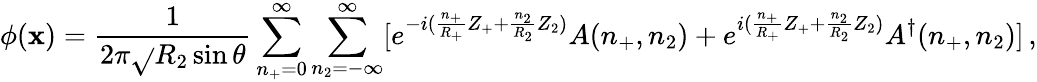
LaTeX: \phi(\mathbf{x})=\frac{{1}}{{2\pi\sqrt{}{{R_{2}\sin\theta}}}}\sum_{n_{+}=0}^{\infty}\sum_{n_{2}=-\infty}^{\infty}[e^{-i(\frac{{n_{+}}}{{R_{+}}}Z_{+}+\frac{{n_{2}}}{{R_{2}}}Z_{2})}A(n_{+},n_{2})+e^{i(\frac{{n_{+}}}{{R_{+}}}Z_{+}+\frac{{n_{2}}}{{R_{2}}}Z_{2})}A^{\dagger}(n_{+},n_{2}){]}\, ,